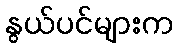
နွယ်ပင်များက